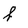
Character: f